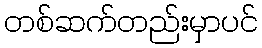
တစ်ဆက်တည်းမှာပင်